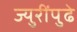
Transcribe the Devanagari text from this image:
ज्युरींपुढे